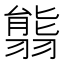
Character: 𦑴